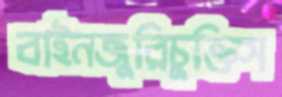
বাইনজুরিচুক্তিস